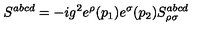
S ^ { a b c d } = - i g ^ { 2 } e ^ { \rho } ( p _ { 1 } ) e ^ { \sigma } ( p _ { 2 } ) S _ { \rho \sigma } ^ { a b c d }